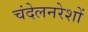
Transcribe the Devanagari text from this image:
चंदेलनरेशों